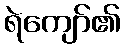
ရဲကျော်၏